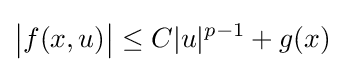
{\big |}f(x,u){\big |}\leq C|u|^{p-1}+g(x)